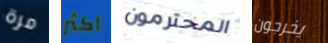
مرة أكثر المحترمون يخرجون